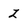
Character: Z